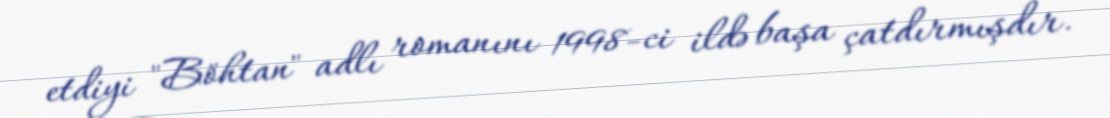
etdiyi "Böhtan" adlı romanını 1998-ci ildə başa çatdırmışdır.